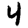
Digit: 4